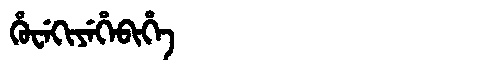
Manchu: ᡥᡠᠸᡝᡴᡳᠶᡝᡥᡝᠪᡳᡥᡝ
Romanization: HUWEKIYEHEBIHE